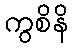
ကွစိနိ